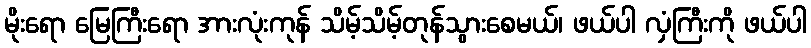
မိုးရော မြေကြီးရော အားလုံးကုန် သိမ့်သိမ့်တုန်သွားစေမယ်၊ ဖယ်ပါ လှံကြီးကို ဖယ်ပါ